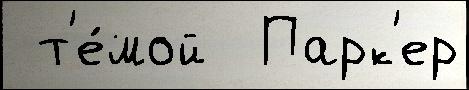
 т'е́мой  Парк'ер